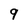
Character: 9